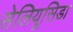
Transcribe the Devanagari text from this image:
सेलियूसिडा